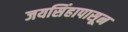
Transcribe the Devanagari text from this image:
जयसिंहापासून